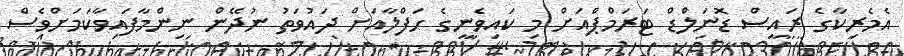
އެމެރިކާގެ ރައީސް ޑޮނަލްޑް ޓަރަމްޕްއަށް މި ކައިވެނީގެ ހަފްލާއަށް ދައުވަތު ނުދޭން ނިންމާފައިވާކަމަށްވެސް